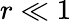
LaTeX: r\ll 1